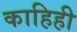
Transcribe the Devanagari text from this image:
काहिही